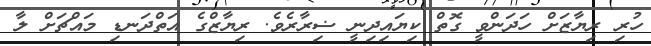
ހުރި ރިޔާޒަށް ހަދަންވީ ގޮތް ކިޔައިދިނީ ޟިރާރެވެ. ރިޔާޒްގެ އަތްދަނޑި މައްޗަށް ލާ